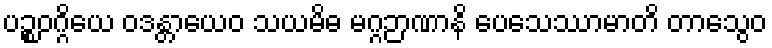
ပဉ္စဝဂ္ဂိယေ ဝဒန္တာယေဝ သယမိဓ မဂ္ဂဉာဏာနိ ပေသေဿာမာတိ တာသွေဝ